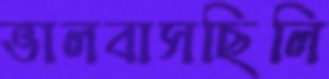
ভালবাসছিলি